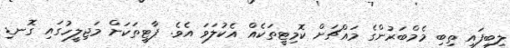
ލިބިފައި ތިބި މެމްބަރުންގެ މައްޗަށް ކޮމިޓީތަކެއް އެކުލަވަ އެވެ. ޕާޓީތަކަށް މަޖިލީހުގައި ގޮނޑި